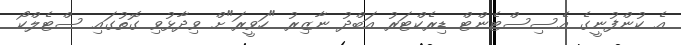
އެ ކުންފުނީގެ އެސިސްޓެންޓް ޑިރެކްޓަރު އަބްދު ނާޒިރު "ހަވީރަ"ށް ވިދާޅުވި ގޮތުގައި ސްޓެލްކޯ